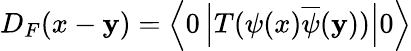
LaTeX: D_{F}(x-\mathbf{y})=\left\langle0\left|T(\psi(x){\overline{{{\psi}}}}(\mathbf{y}))\right|0\right\rangle